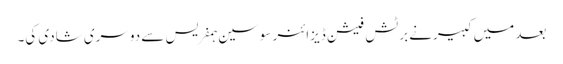
بعد میں کبیرنے برٹش فیشن ڈیزائنر سوسین ہمفریس سے دوسری شادی کی۔